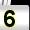
Digit: 5